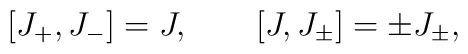
[J_+,J_-] = J, \qquad[J,J_{\pm}] = \pm J_{\pm},